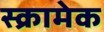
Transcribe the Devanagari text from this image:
स्क्रामेक